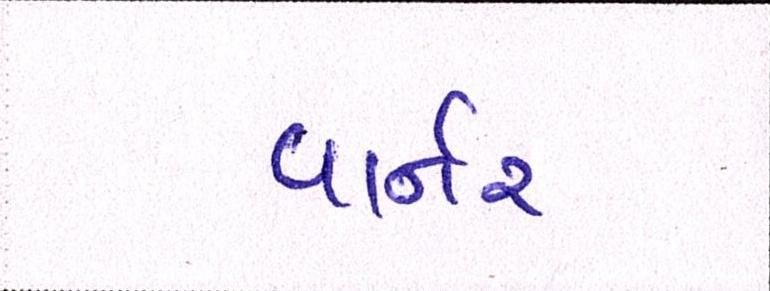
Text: વાર્નર